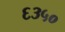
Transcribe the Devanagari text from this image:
६३५०